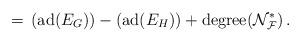
LaTeX: \begin{align*}=\, ({\rm ad}(E_G)) - ({\rm ad}(E_H))+ {\rm degree}({\mathcal N}^*_{\mathcal F})\, .\end{align*}